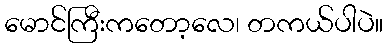
မောင်ကြီးကတော့လေ၊ တကယ်ပါပဲ။